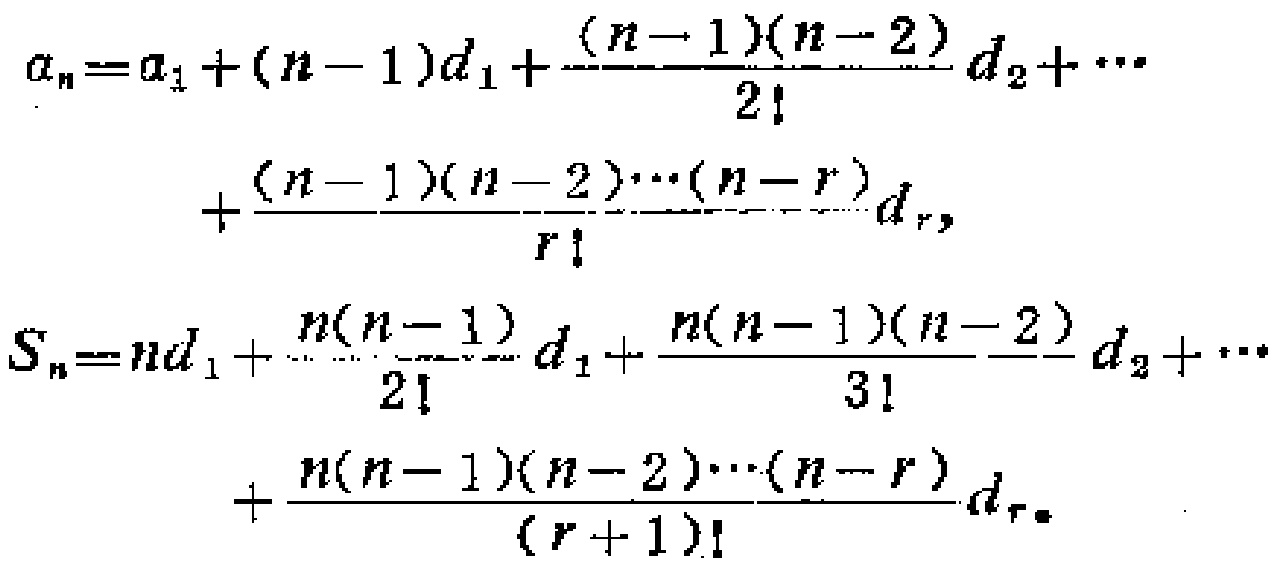
\[
\begin{align*}
a_{n}=&a_{1}+(n - 1)d_{1}+\frac{(n - 1)(n - 2)}{2!}d_{2}+\cdots\\
&+\frac{(n - 1)(n - 2)\cdots(n - r)}{r!}d_{r},\\
S_{n}=&nd_{1}+\frac{n(n - 1)}{2!}d_{1}+\frac{n(n - 1)(n - 2)}{3!}d_{2}+\cdots\\
&+\frac{n(n - 1)(n - 2)\cdots(n - r)}{(r + 1)!}d_{r}.
\end{align*}
\]